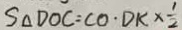
S _ { \Delta } D O C = C O \cdot D K \times \frac { 1 } { 2 }